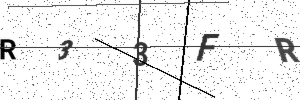
Text: R33FR